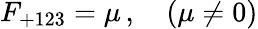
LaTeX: F_{+123}=\mu\, ,\quad(\mu\neq 0)